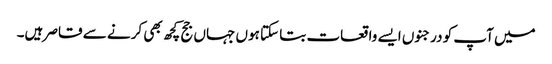
میں آپ کو درجنوں ایسے واقعات بتا سکتا ہوں جہاں جج کچھ بھی کرنے سے قاصر ہیں۔